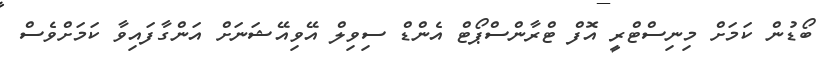
ބޯޑުން ކަމަށް މިނިސްޓްރީ އޮފް ޓްރާންސްޕޯޓް އެންޑް ސިވިލް އޭވިއޭޝަނަށް އަންގާފައިވާ ކަމަށްވެސް